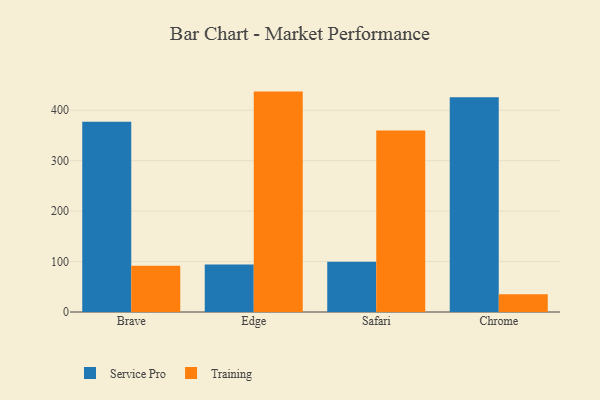
{"axis": {"x": "Browser", "y": "Website Visitors"}, "legend": ["Service Pro", "Training"], "data": [{"x": "Brave", "y": 377.2, "type": "Service Pro"}, {"x": "Brave", "y": 91.8, "type": "Training"}, {"x": "Edge", "y": 94.2, "type": "Service Pro"}, {"x": "Edge", "y": 437.0, "type": "Training"}, {"x": "Safari", "y": 99.4, "type": "Service Pro"}, {"x": "Safari", "y": 360.0, "type": "Training"}, {"x": "Chrome", "y": 425.6, "type": "Service Pro"}, {"x": "Chrome", "y": 35.2, "type": "Training"}]}